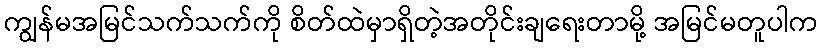
ကျွန်မအမြင်သက်သက်ကို စိတ်ထဲမှာရှိတဲ့အတိုင်းချရေးတာမို့ အမြင်မတူပါက